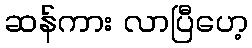
ဆန်ကား လာပြီဟေ့